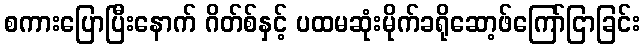
စကားပြောပြီးနောက် ဂိတ်စ်နှင့် ပထမဆုံးမိုက်ခရိုဆော့ဖ်ကြော်ငြာခြင်း